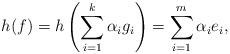
\begin{align*}h(f)=h\left(\sum_{i=1}^k\alpha_ig_i\right)=\sum_{i=1}^m\alpha_ie_i,\end{align*}